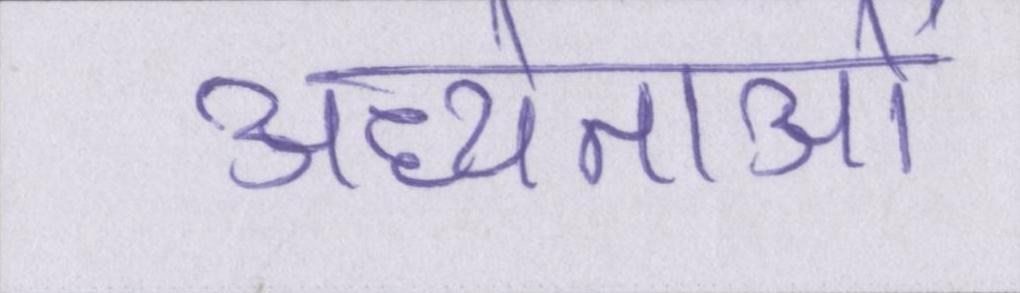
अध्येताओं